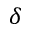
\delta